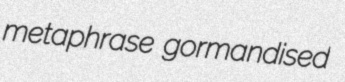
metaphrase gormandised